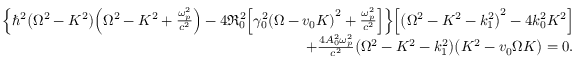
\begin{array} { r } { { \left\{ \hbar ^ { 2 } { \left( \Omega ^ { 2 } - K ^ { 2 } \right) } { \left( \Omega ^ { 2 } - K ^ { 2 } + { \frac { \omega _ { p } ^ { 2 } } { c ^ { 2 } } } \right) } - 4 { \mathfrak R } _ { 0 } ^ { 2 } { \left[ \gamma _ { 0 } ^ { 2 } { \left( \Omega - v _ { 0 } K \right) } ^ { 2 } + { \frac { \omega _ { p } ^ { 2 } } { c ^ { 2 } } } \right] } \right\} } { \left[ { \left( \Omega ^ { 2 } - K ^ { 2 } - k _ { 1 } ^ { 2 } \right) } ^ { 2 } - 4 k _ { 0 } ^ { 2 } K ^ { 2 } \right] } } \\ { + { \frac { 4 A _ { 0 } ^ { 2 } \omega _ { p } ^ { 2 } } { c ^ { 2 } } } { \left( \Omega ^ { 2 } - K ^ { 2 } - k _ { 1 } ^ { 2 } \right) } { \left( K ^ { 2 } - v _ { 0 } \Omega K \right) } = 0 . } \end{array}